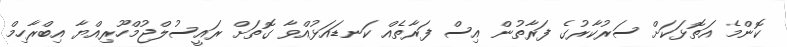
ކޮންމެ އަތޮޅަކަށް ސަރުކާރުގެ ފަރާތުން އިސް ފަރާތެއް ކަނޑައަޅުއްވާ ގޮތަށް ރައީސުލްޖުމްހޫރިއްޔާ އިބްރާހިމް